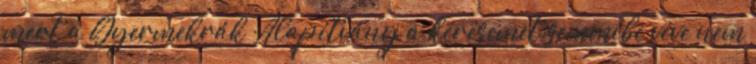
mert a Gyermekrák Alapítvány a kérésemet semmibe véve nem